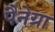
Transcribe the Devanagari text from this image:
पैनेग्रा